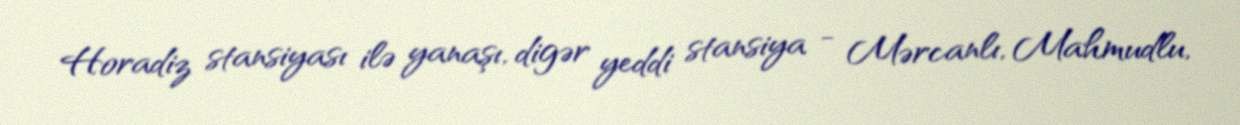
Horadiz stansiyası ilə yanaşı, digər yeddi stansiya - Mərcanlı, Mahmudlu,